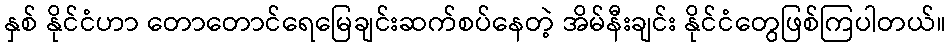
နှစ် နိုင်ငံဟာ တောတောင်ရေမြေချင်းဆက်စပ်နေတဲ့ အိမ်နီးချင်း နိုင်ငံတွေဖြစ်ကြပါတယ်။